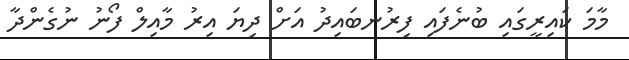
މާމަ ކައިރީގައި ބުނެފައި ފިރުނބައިދު އަށް ދިޔަ އިރު މާއިލް ފޯނު ނުގެންދާ